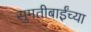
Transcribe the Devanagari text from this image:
सुमतीबाईंच्या